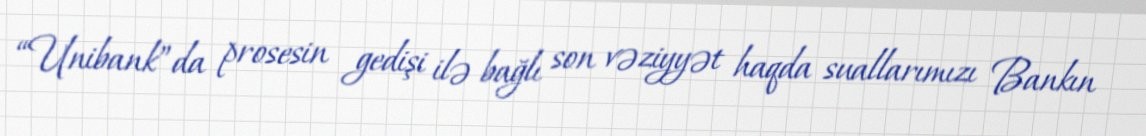
“Unibank”da prosesin gedişi ilə bağlı son vəziyyət haqda suallarımızı Bankın